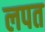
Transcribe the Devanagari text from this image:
लपत